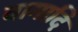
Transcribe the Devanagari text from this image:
वागादि